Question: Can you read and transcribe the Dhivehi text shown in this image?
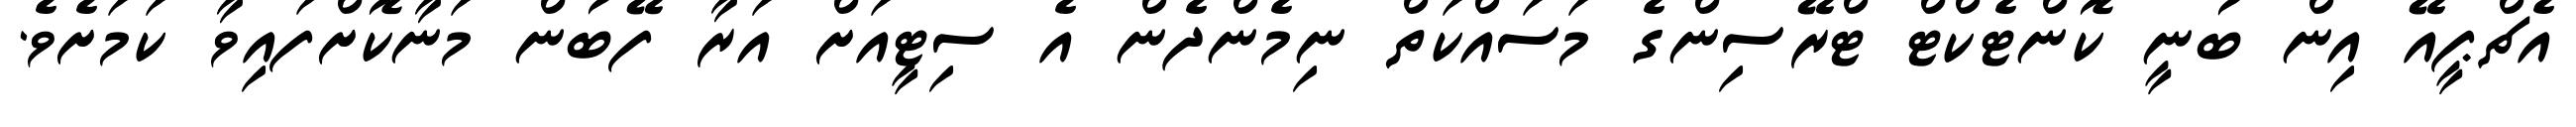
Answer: އެޗްޕީއޭ އިން ބުނީ ކޮންޓެކްޓް ޓްރޭސިންގެ މަސައްކަތް ނިމެންދެން އެ ސިޓީއަށް އަރާ ފޭބުން މަނާކޮށްފައިވާ ކަމަށެވެ.